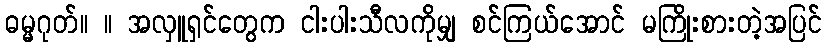
ဓမ္မဂုတ်။ ။ အလှူရှင်တွေက ငါးပါးသီလကိုမျှ စင်ကြယ်အောင် မကြိုးစားတဲ့အပြင်